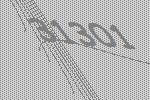
31301